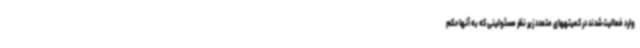
وارد فعالیت شدند در کمیتههای متعدد زیر نظر مسئولینی که به آنها حکم